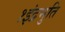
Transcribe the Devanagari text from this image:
१इंद्रभुति